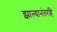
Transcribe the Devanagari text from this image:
झाल्यानंतरहि